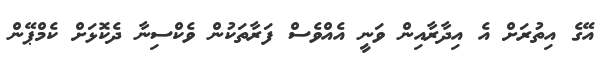
އޭގެ އިތުރަށް އެ އިދާރާއިން ވަނީ އެއްވެސް ފަރާތަކުން ވެކްސިނާ ދެކޮޅަށް ކެމްޕޭން